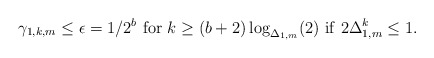
\begin{align*} \gamma_{1,k,m}\le\epsilon=1/2^b~ {\rm for}~k\ge (b+2)\log_{\Delta_{1,m}}(2)~{\rm if}~ 2\Delta_{1,m}^k\le 1. \end{align*}